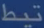
تبطيط